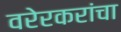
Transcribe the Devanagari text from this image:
वरेरकरांचा